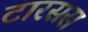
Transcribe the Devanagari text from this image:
टारसस